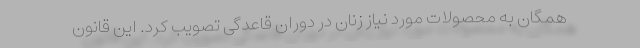
همگان به محصولات مورد نیاز زنان در دوران قاعدگی تصویب کرد. این قانون